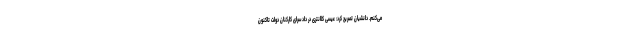
می‌کنم. دانشیان تصریح کرد: عیسی کلانتری در دادسرای کارکنان دولت تاکنون